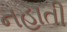
નહાતી